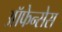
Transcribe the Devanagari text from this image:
ऑफेन्सेस